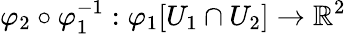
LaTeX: \varphi_{2}\circ\varphi_{1}^{-1}:\varphi_{1}[U_{1}\cap U_{2}]\to\mathbb{R}^{2}